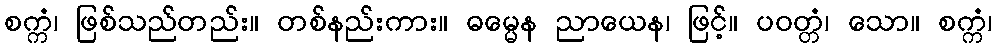
စက္ကံ၊ ဖြစ်သည်တည်း။ တစ်နည်းကား။ ဓမ္မေန ညာယေန၊ ဖြင့်။ ပဝတ္တံ၊ သော။ စက္ကံ၊